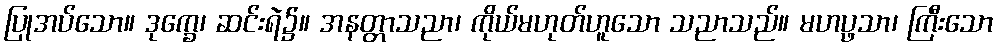
ပြုအပ်သော။ ဒုက္ခေ၊ ဆင်းရဲ၌။ အနတ္တာသညာ၊ ကိုယ်မဟုတ်ဟူသော သညာသည်။ မဟပ္ဖသာ၊ ကြီးသော